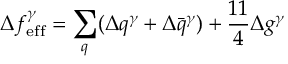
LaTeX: \Delta f _ { \mathrm { e f f } } ^ { \gamma } = \sum _ { q } ( \Delta q ^ { \gamma } + \Delta \bar { q } ^ { \gamma } ) + \frac { 1 1 } { 4 } \Delta g ^ { \gamma }